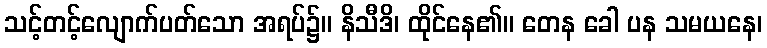
သင့်တင့်လျောက်ပတ်သော အရပ်၌။ နိသီဒိ၊ ထိုင်နေ၏။ တေန ခေါ ပန သမယနေ၊